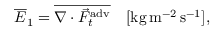
\overline { { E } } _ { 1 } = \overline { { \nabla \cdot \vec { F } _ { t } ^ { \mathrm { a d v } } } } \quad [ \mathrm { k g } \, \mathrm { m } ^ { - 2 } \, \mathrm { s } ^ { - 1 } ] ,